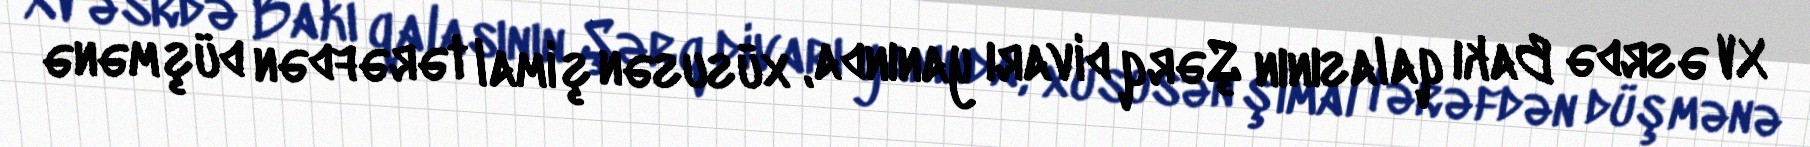
XV əsrdə Bakı qalasının Şərq divarı yanında, xüsusən şimal tərəfdən düşmənə